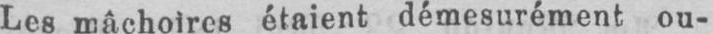
Les mâchoires étaient démesurément ou-